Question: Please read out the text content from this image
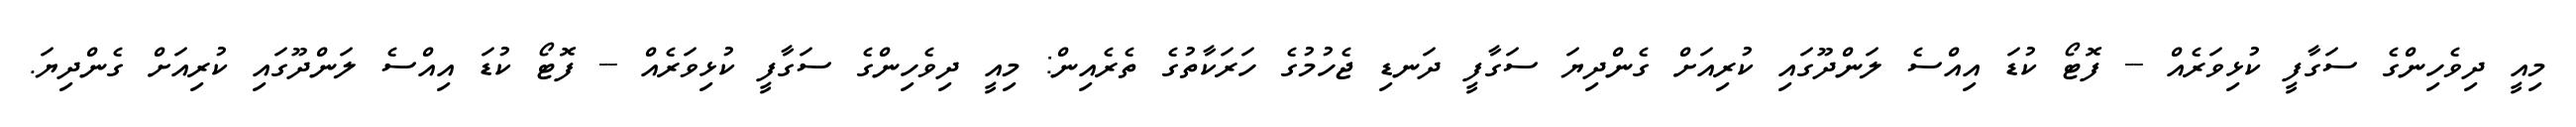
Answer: މިއީ ދިވެހިންގެ ސަގާފީ ކުޅިވަރެއް -- ފޮޓޯ ކުޑަ އިއްސެ ލަންދޫގައި ކުރިއަށް ގެންދިޔަ ސަގާފީ ދަނޑި ޖެހުމުގެ ހަރަކާތުގެ ތެރެއިން: މިއީ ދިވެހިންގެ ސަގާފީ ކުޅިވަރެއް -- ފޮޓޯ ކުޑަ އިއްސެ ލަންދޫގައި ކުރިއަށް ގެންދިޔަ.